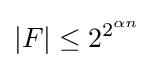
|F|\leq 2^{2^{\alpha n}}